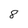
Character: 8